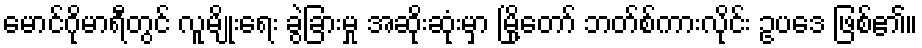
မောင်ဂိုမာရီတွင် လူမျိုးရေး ခွဲခြားမှု အဆိုးဆုံးမှာ မြို့တော် ဘတ်စ်ကားလိုင်း ဥပဒေ ဖြစ်၏။